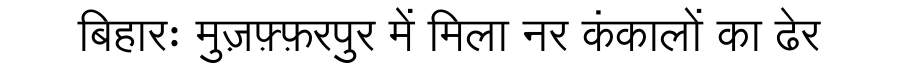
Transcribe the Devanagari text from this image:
बिहारः मुज़फ़्फ़रपुर में मिला नर कंकालों का ढेर